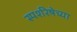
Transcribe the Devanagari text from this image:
स्पर्शरेषेच्या